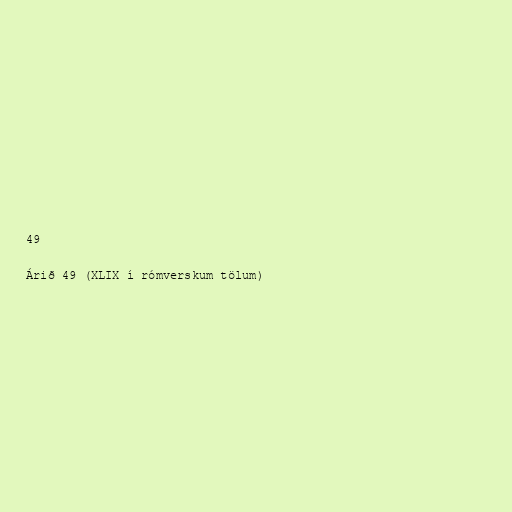
49

Árið 49 (XLIX í rómverskum tölum)